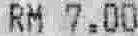
RM 7.00